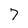
Character: 7